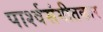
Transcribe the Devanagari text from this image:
पार्श्वसंगीतकार